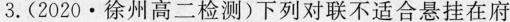
3.（2020·徐州高二检测）下列对联不适合悬挂在府